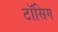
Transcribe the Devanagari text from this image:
टॉसिग